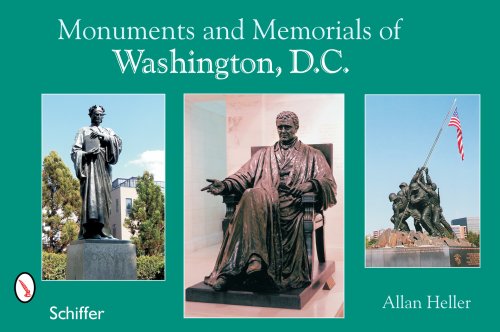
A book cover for Monuments and Memorials of Washington, D.C.; Allan M. Heller; Crafts, Hobbies & Home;